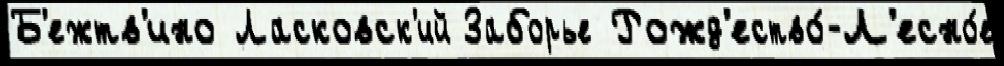
Б'ежтв'ино Ласковск'ий Заборье Рожд'ество́-Л'есно́е